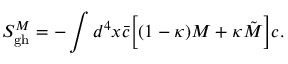
S _ { \mathrm { g h } } ^ { M } = - \int d ^ { 4 } x { \bar { c } } \biggl [ ( 1 - \kappa ) M + \kappa \tilde { M } \biggr ] c .